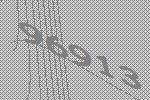
96913